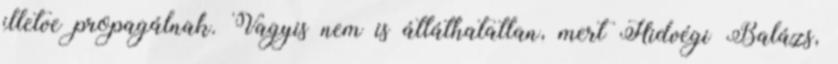
illetve propagálnak. Vagyis nem is átláthatatlan, mert Hidvégi Balázs,